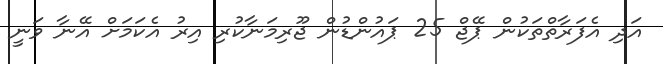
އަދި އެފަރާތްތަކުން ޕޭޖް 25 ޕައުންޑުން ޖޫރިމަނާކުރި އިރު އެކަމަށް އޭނާ ވަނީ